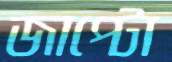
জাপ্‌টো